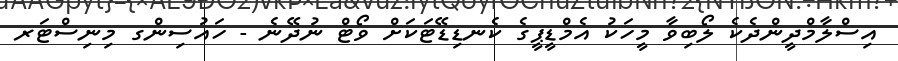
އިސްލާމްދީންދެކެ ލޯބިވާ މީހަކު އެމްޑީޕީގެ ކެނޑިޑޭޓަކަށް ވޯޓް ނުދޭނެ - ހައުސިންގ މިނިސްޓަރ